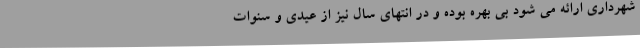
شهرداری ارائه می شود بی بهره بوده و در انتهای سال نیز از عیدی و سنوات